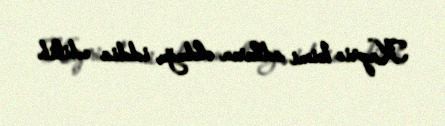
Kaprio kimi adların olduğu iddia edilib.